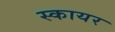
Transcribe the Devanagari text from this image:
स्कायर